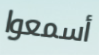
أسمعوا